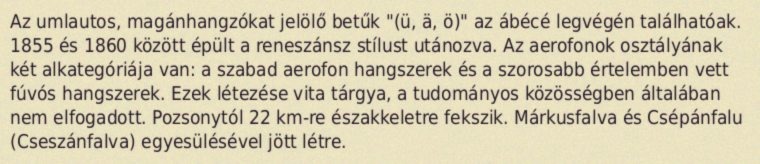
Az umlautos, magánhangzókat jelölő betűk "(ü, ä, ö)" az ábécé legvégén találhatóak. 1855 és 1860 között épült a reneszánsz stílust utánozva. Az aerofonok osztályának két alkategóriája van: a szabad aerofon hangszerek és a szorosabb értelemben vett fúvós hangszerek. Ezek létezése vita tárgya, a tudományos közösségben általában nem elfogadott. Pozsonytól 22 km-re északkeletre fekszik. Márkusfalva és Csépánfalu (Cseszánfalva) egyesülésével jött létre.